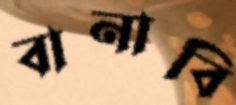
বানাবি